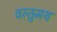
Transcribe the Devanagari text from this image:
वस्तुमय